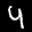
Label: 4